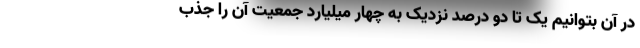
در آن بتوانیم یک تا دو درصد نزدیک به چهار میلیارد جمعیت آن را جذب